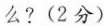
么?(2分)